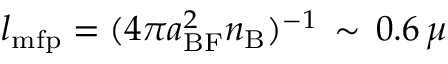
l _ { \mathrm { m f p } } = ( 4 \pi a _ { \mathrm { B F } } ^ { 2 } n _ { \mathrm { B } } ) ^ { - 1 } \, \sim \, 0 . 6 \, \mu